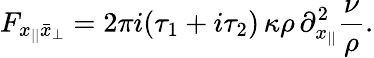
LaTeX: F_{x_{||}\bar{x}_{\perp}}=2\pi i(\tau_{1}+i\tau_{2})\, \kappa\rho\, \partial_{x_{||}}^{2}\frac{\nu}{\rho}.